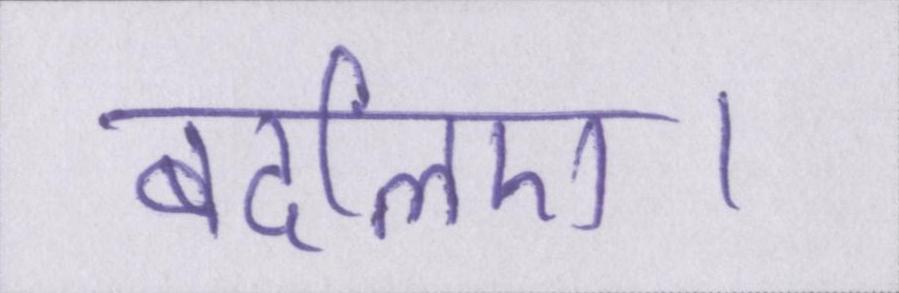
बदलिए।